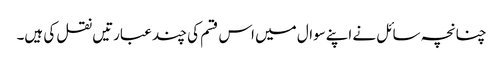
چنانچہ سائل نے اپنےسوال میں اس قسم کی چند عبارتیں نقل کی ہیں۔